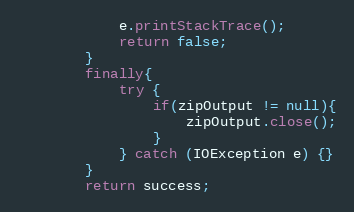
Language: Java
			e.printStackTrace();
			return false;
		}
		finally{
			try {
				if(zipOutput != null){
					zipOutput.close();
				}
			} catch (IOException e) {}
		}
		return success;